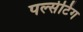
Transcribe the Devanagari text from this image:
पल्सेटिंग